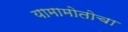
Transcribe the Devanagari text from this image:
यामामोतोचा